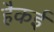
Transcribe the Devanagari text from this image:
हैकई